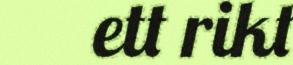
ett rikt